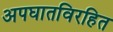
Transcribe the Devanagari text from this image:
अपघातविरहित